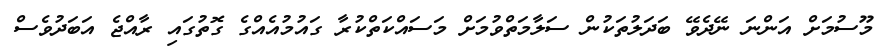
މޫސުމަށް އަންނަ ނޭދެވޭ ބަދަލުތަކުން ސަލާމަތްވުމަށް މަސައްކަތްކުރާ ގައުމުއެއްގެ ގޮތުގައި ރާއްޖެ އަބަދުވެސް